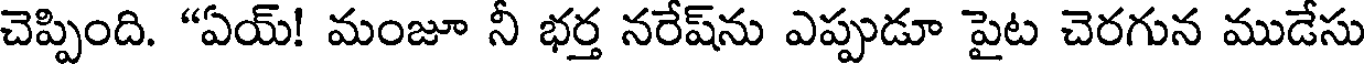
చెప్పింది. "ఏయ్! మంజూ నీ భర్త నరేష్ను ఎప్పుడూ పైట చెరగున ముడేసు